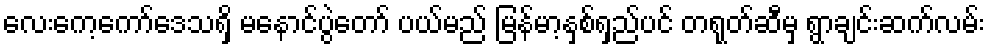
လေးကေ့ကော်ဒေသရှိ မနောင်ပွဲတော် ပယ်မည် မြန်မာ့နှစ်ရှည်ပင် တရုတ်ဆီမှ ရွာချင်းဆက်လမ်း